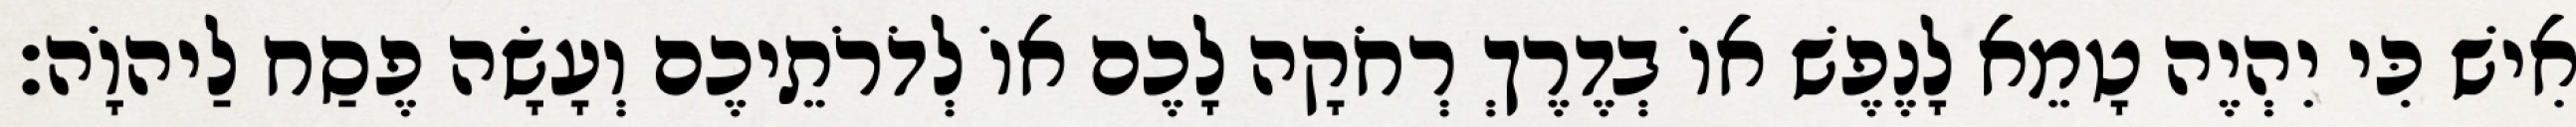
אִישׁ כִּי יִהְיֶה טָמֵא לָנֶפֶשׁ אוֹ בְדֶרֶךְ רְחֹקָה לָכֶם אוֹ לְדֹרֹתֵיכֶם וְעָשָׂה פֶסַח לַיהוָֹה׃